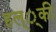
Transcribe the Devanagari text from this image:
हल््की